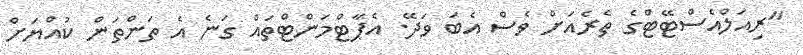
"ރިއަލްއެސްޓޭޓްގެ ތެރެއަށް ވެސް އެބަ ވަދޭ. އެޕާޓްމަންޓްތައް ގަނެ އެ ތަންތަން ކުއްޔަށް